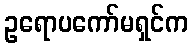
ဥရောပကော်မရှင်က